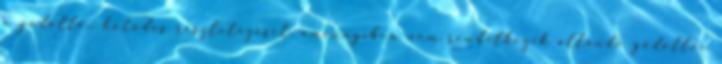
a gödöllői kötődés részletezését, amennyiben nem rendelkezik állandó gödöllői